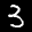
Label: 3